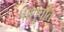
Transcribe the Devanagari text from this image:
पाशुपति